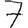
Digit: 7